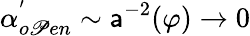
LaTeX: \alpha_{o\mathscr{P}en}^{^{\prime}}\sim\mathsf{a}^{-2}(\varphi)\rightarrow0